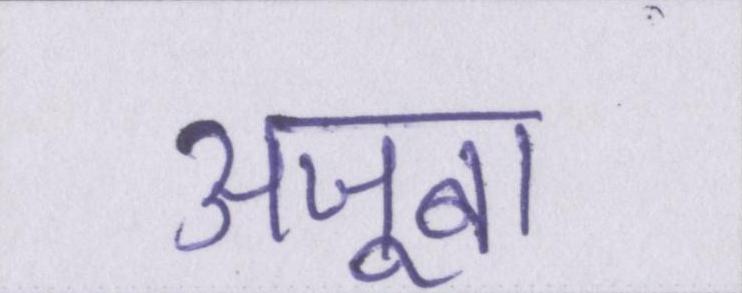
अजूबा